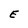
Character: E